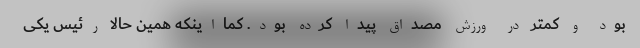
بود و کمتر در ورزش مصداق پیدا کرده بود. کمااینکه همین حالا رئیس یکی